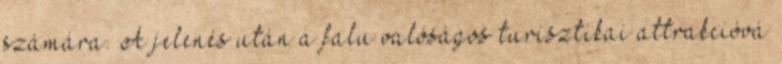
számára. A jelenés után a falu valóságos turisztikai attrakcióvá